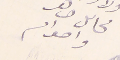
محاىل ضاهر واخوانه